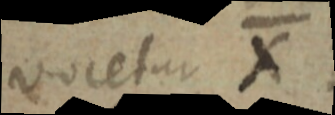
vocetur X